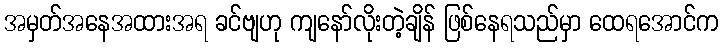
အမှတ်အနေအထားအရ ခင်ဗျဟု ကျနော်လိုးတဲ့ချိန် ဖြစ်နေရသည်မှာ ထေရအောင်က